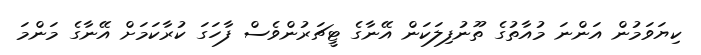
ކިޔަވަމުން އަންނަ މުއާތުގެ ތޫނުފިލަކަން އޭނާގެ ޓީޗަރުންވެސް ފާހަގަ ކުރާކަމަށް އޭނާގެ މަންމަ